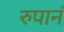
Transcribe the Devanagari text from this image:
रुपानं